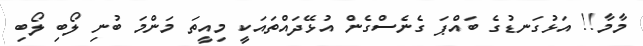
މާމާ!! އަޅުގަނޑުގެ ބައްޕަ ގެނެސްގެން އުޅޭދައްތައަކީ މިއީތަ މަންމަ ބުނި ލޯބި ލޯބި